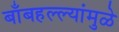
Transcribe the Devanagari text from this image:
बाँबहल्ल्यांमुळे